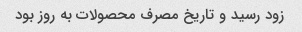
زود رسید و تاریخ مصرف محصولات به روز بود